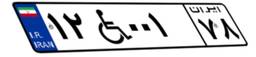
۴۲W۰۶۶۶۶